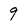
Character: 9